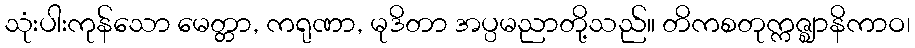
သုံးပါးကုန်သော မေတ္တာ, ကရုဏာ, မုဒိတာ အပ္ပမညာတို့သည်။ တိကစတုက္ကဇ္ဈာနိကာဝ၊